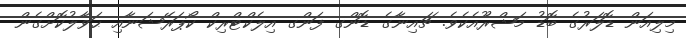
މިލިއަން ޑޮލަރުގެ ބޮޑު މަޝްރޫއެކެވެ. ޗައިނާގެ ޑޮންގ ފަންގ އިލެކްޓްރިކް ކޯޕަރޭޝަނާއި ޙަވާލުކޮށްގެން